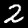
Label: 2